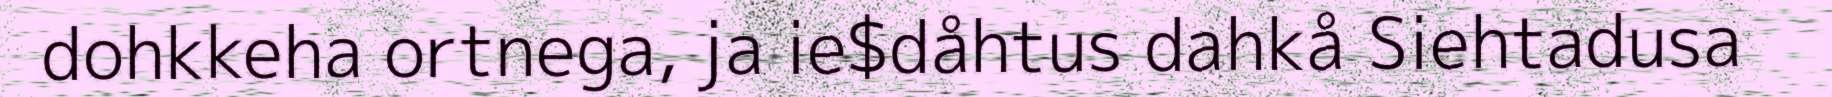
dohkkeha ortnega, ja ie$dåhtus dahkå Siehtadusa